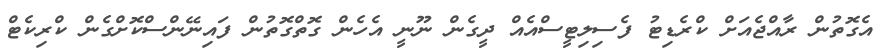
އެގޮތުން ރާއްޖެއަށް ކްރެޑިޓު ފެސިލިޓީސްއެއް ދީގެން ނޫނީ އެހެން ގޮތްގޮތުން ފައިނޭންސްކޮށްގެން ކްރިކެޓް